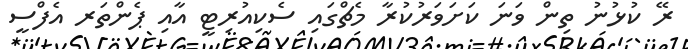
ރޭ ކުޅުނު ތިން ވަނަ ކަށަވަރުކުރާ މެޗްގައި ސެކިއުރިޓީ އާއި ޕެންތަރ އެފްސީ